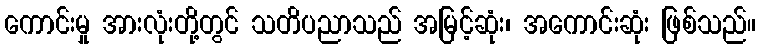
ကောင်းမှု အားလုံးတို့တွင် သတိပညာသည် အမြင့်ဆုံး၊ အကောင်းဆုံး ဖြစ်သည်။